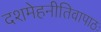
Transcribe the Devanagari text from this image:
दशमेहनीतिवापाठः